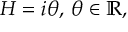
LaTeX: H = i \theta , \, \theta \in \mathbb { R } ,